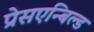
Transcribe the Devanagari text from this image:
प्रेसएन्बिल्ड